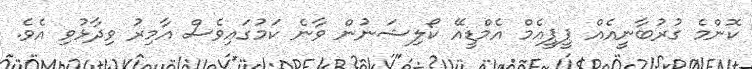
ކޮންމެ ގުރުބާނީއެއް ޕީޕީއެމް އެމްޑީއޭ ކޯލިޝަނުން ވާނެ ކަމުގައިވެސް އާމިރު ވިދާޅުވި އެވެ.